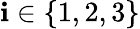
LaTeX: \mathbf{i}\in\{ 1,2,3\}